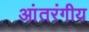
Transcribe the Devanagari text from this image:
आंतरंगीय